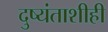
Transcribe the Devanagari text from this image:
दुष्यंताशीही